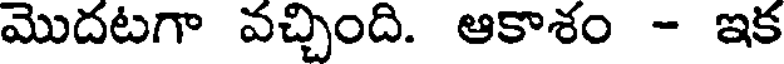
మొదటగా వచ్చింది. ఆకాశం - ఇక